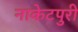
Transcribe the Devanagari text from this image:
नाकेटपुरी